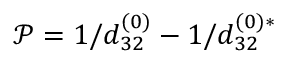
\mathcal { P } = { 1 } / { d _ { 3 2 } ^ { ( 0 ) } } - { 1 } / { d _ { 3 2 } ^ { ( 0 ) \ast } }